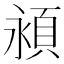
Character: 𬱁